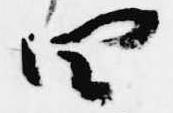
四